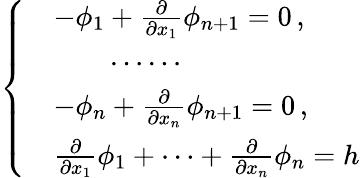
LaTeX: \left\{ \begin{array}{rl}&{-\phi_{1}+\frac{\partial}{\partial x_{1}}\phi_{n+1}=0\, ,}\\ &{\qquad\cdots\cdots}\\ &{-\phi_{n}+\frac{\partial}{\partial x_{n}}\phi_{n+1}=0\, ,}\\ &{\frac{\partial}{\partial x_{1}}\phi_{1}+\cdots+\frac{\partial}{\partial x_{n}}\phi_{n}=h}\end{array}\right.